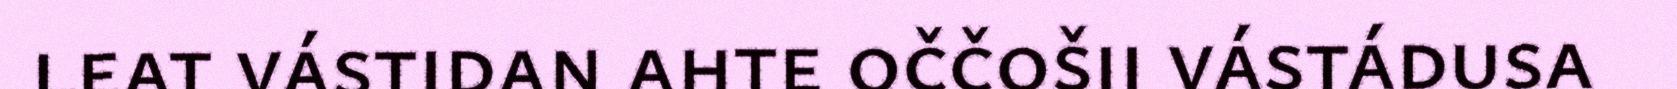
leat vástidan ahte oččošii vástádusa